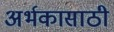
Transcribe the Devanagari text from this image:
अर्भकासाठी